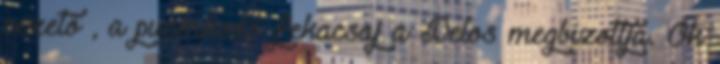
vezető , a pucérkodó fekacsaj a Delos megbízottja. Ők